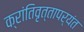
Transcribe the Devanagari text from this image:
क्रांतिवृत्तापर्यंत